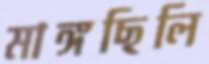
মাঙ্গছিলি